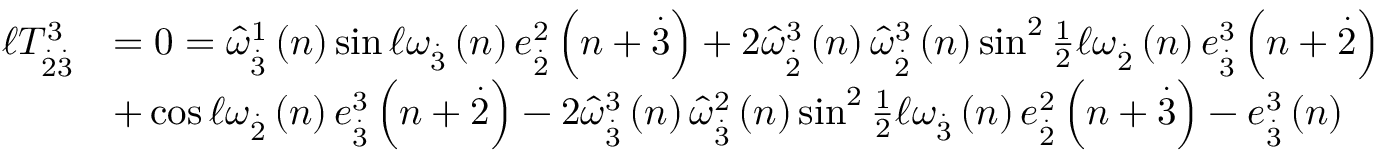
\begin{array} { r l } { \mathcal { \ell } T _ { \overset { . } { 2 } \overset { . } { 3 } } ^ { 3 } } & { = 0 = \widehat { \omega } _ { \overset { . } { 3 } } ^ { 1 } \left( n \right) \sin \mathcal { \ell } \omega _ { \overset { . } { 3 } } \left( n \right) e _ { \overset { . } { 2 } } ^ { 2 } \left( n + \overset { . } { 3 } \right) + 2 \widehat { \omega } _ { \overset { . } { 2 } } ^ { 3 } \left( n \right) \widehat { \omega } _ { \overset { . } { 2 } } ^ { 3 } \left( n \right) \sin ^ { 2 } \frac { 1 } { 2 } \mathcal { \ell } \omega _ { \overset { . } { 2 } } \left( n \right) e _ { \overset { . } { 3 } } ^ { 3 } \left( n + \overset { . } { 2 } \right) } \\ & { + \cos \mathcal { \ell } \omega _ { \overset { . } { 2 } } \left( n \right) e _ { \overset { . } { 3 } } ^ { 3 } \left( n + \overset { . } { 2 } \right) - 2 \widehat { \omega } _ { \overset { . } { 3 } } ^ { 3 } \left( n \right) \widehat { \omega } _ { \overset { . } { 3 } } ^ { 2 } \left( n \right) \sin ^ { 2 } \frac { 1 } { 2 } \mathcal { \ell } \omega _ { \overset { . } { 3 } } \left( n \right) e _ { \overset { . } { 2 } } ^ { 2 } \left( n + \overset { . } { 3 } \right) - e _ { \overset { . } { 3 } } ^ { 3 } \left( n \right) } \end{array}